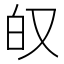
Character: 𫨷